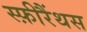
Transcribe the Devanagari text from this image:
स्फ़ीरैंथस